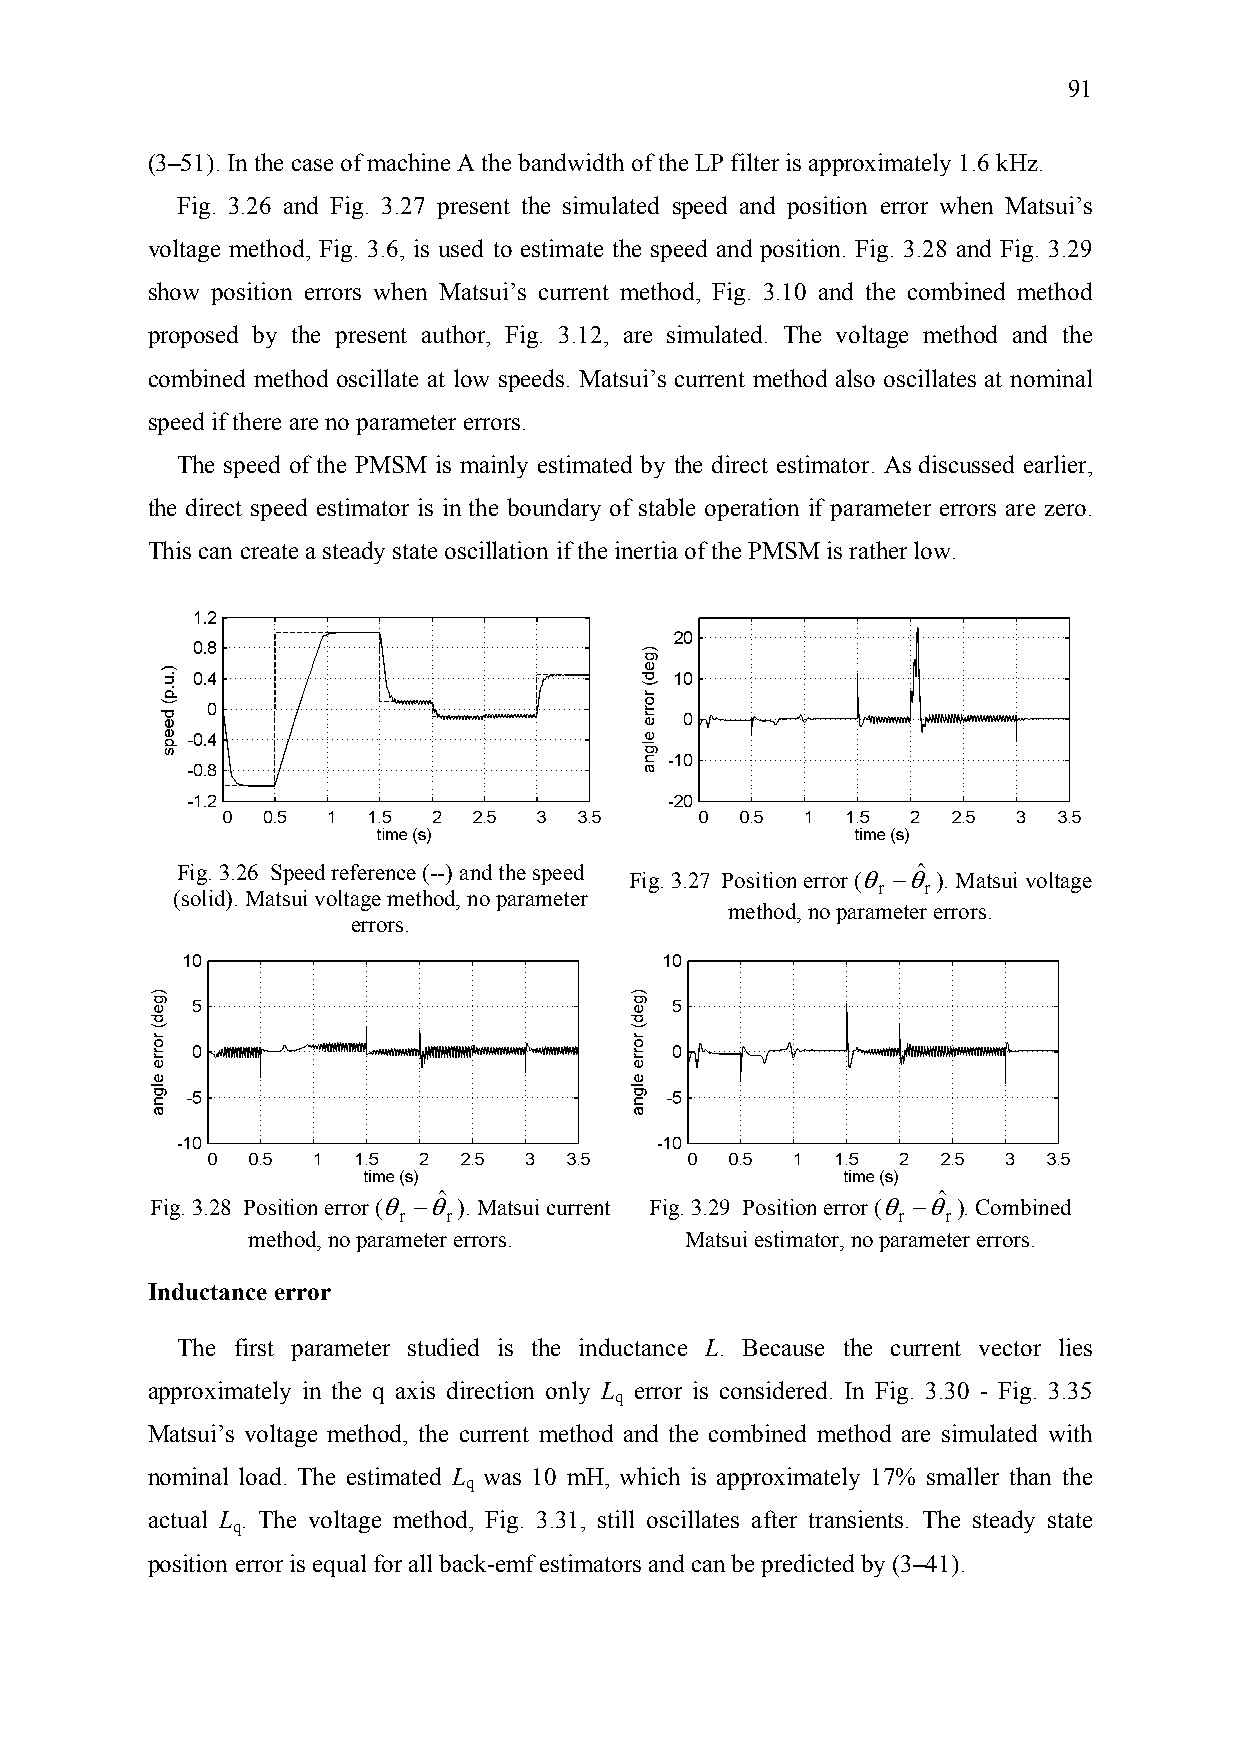
91
 (3–51). In the case of machine A the bandwidth of the LP filter is approximately 1.6 kHz.
 Fig. 3.26 and Fig. 3.27 present the simulated speed and position error when Matsui’s
 voltage method, Fig. 3.6, is used to estimate the speed and position. Fig. 3.28 and Fig. 3.29
 show position errors when Matsui’s current method, Fig. 3.10 and the combined method
 proposed by the present author, Fig. 3.12, are simulated. The voltage method and the
 combined method oscillate at low speeds. Matsui’s current method also oscillates at nominal
 speed if there are no parameter errors.
 The speed of the PMSM is mainly estimated by the direct estimator. As discussed earlier,
 the direct speed estimator is in the boundary of stable operation if parameter errors are zero.
 This can create a steady state oscillation if the inertia of the PMSM is rather low.
 Fig. 3.26 Speed reference (--) and the speed θ −θˆ
 Fig. 3.27 Position error ( ). Matsui voltage
 r  r
 (solid). Matsui voltage method, no parameter
 method, no parameter errors.
 errors.
 θ −θˆ                            θ −θˆ
 Fig. 3.28 Position error ( ). Matsui current Fig. 3.29 Position error ( ). Combined
 r   r                            r   r
 method, no parameter errors. Matsui estimator, no parameter errors.
 Inductance error
 The first parameter studied is the inductance L. Because the current vector lies
 approximately in the q axis direction only L error is considered. In Fig. 3.30 - Fig. 3.35
 q
 Matsui’s voltage method, the current method and the combined method are simulated with
 nominal load. The estimated L was 10 mH, which is approximately 17% smaller than the
 q
 actual L . The voltage method, Fig. 3.31, still oscillates after transients. The steady state
 q
 position error is equal for all back-emf estimators and can be predicted by (3–41).